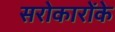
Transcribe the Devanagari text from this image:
सरोकारोंके